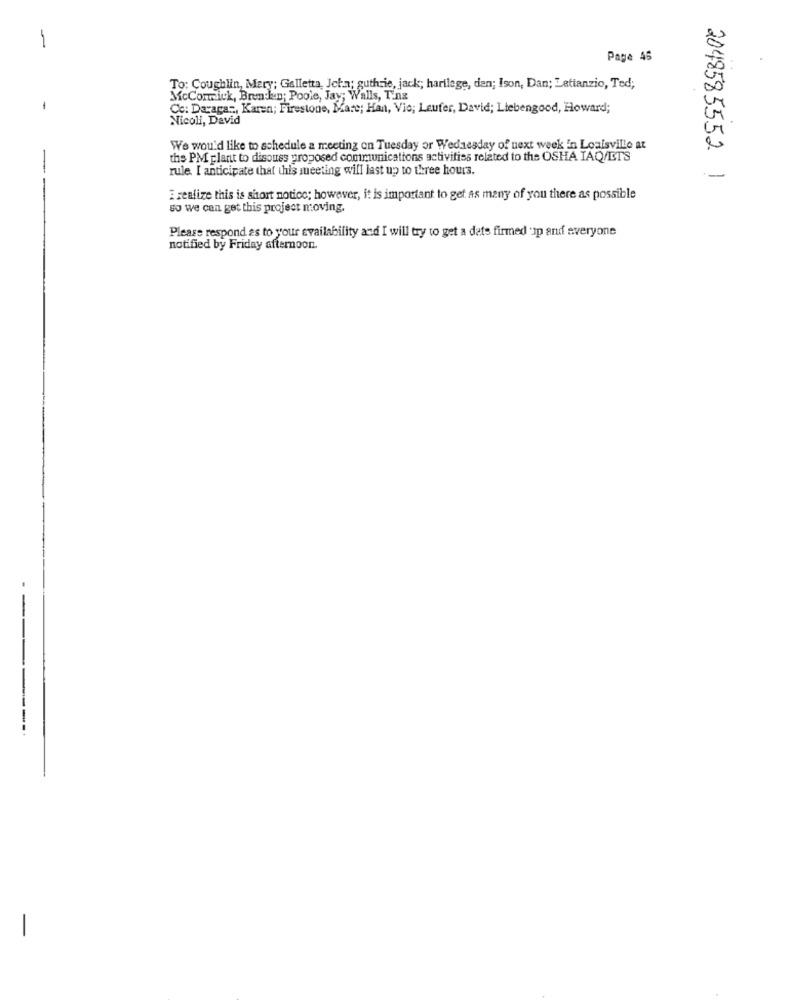
-
Page 45
To: Coughlin, Mery; Galletta, Jeta; guthrie, jack; harilege, den; Ison, Dan; Lattanzio, Ted;
McCormick, Bnen:Jen; Poole, Jay; Walls, Tina
Cc: Daraga :,, Karen; Firestone, Mare; Han, Vio; Leufer, David; Liebengood, Howard;
Nicoli, David
We would like to schedule a meeting on Tuesday or Wednesday of next week in Louisville at
the PM plant to discuss proposed communications activities related to the OSHA IAQ/ETS
rule. I anticipate that this meeting will last up to three hours.
2048585552 1
I realize this is short notice; however, it is important to get as many of you there as possible
so we can get this project moving.
Please respond es to your availability and I will try to get a dats firmed -ip and everyone
notified by Friday afternoon.
--------